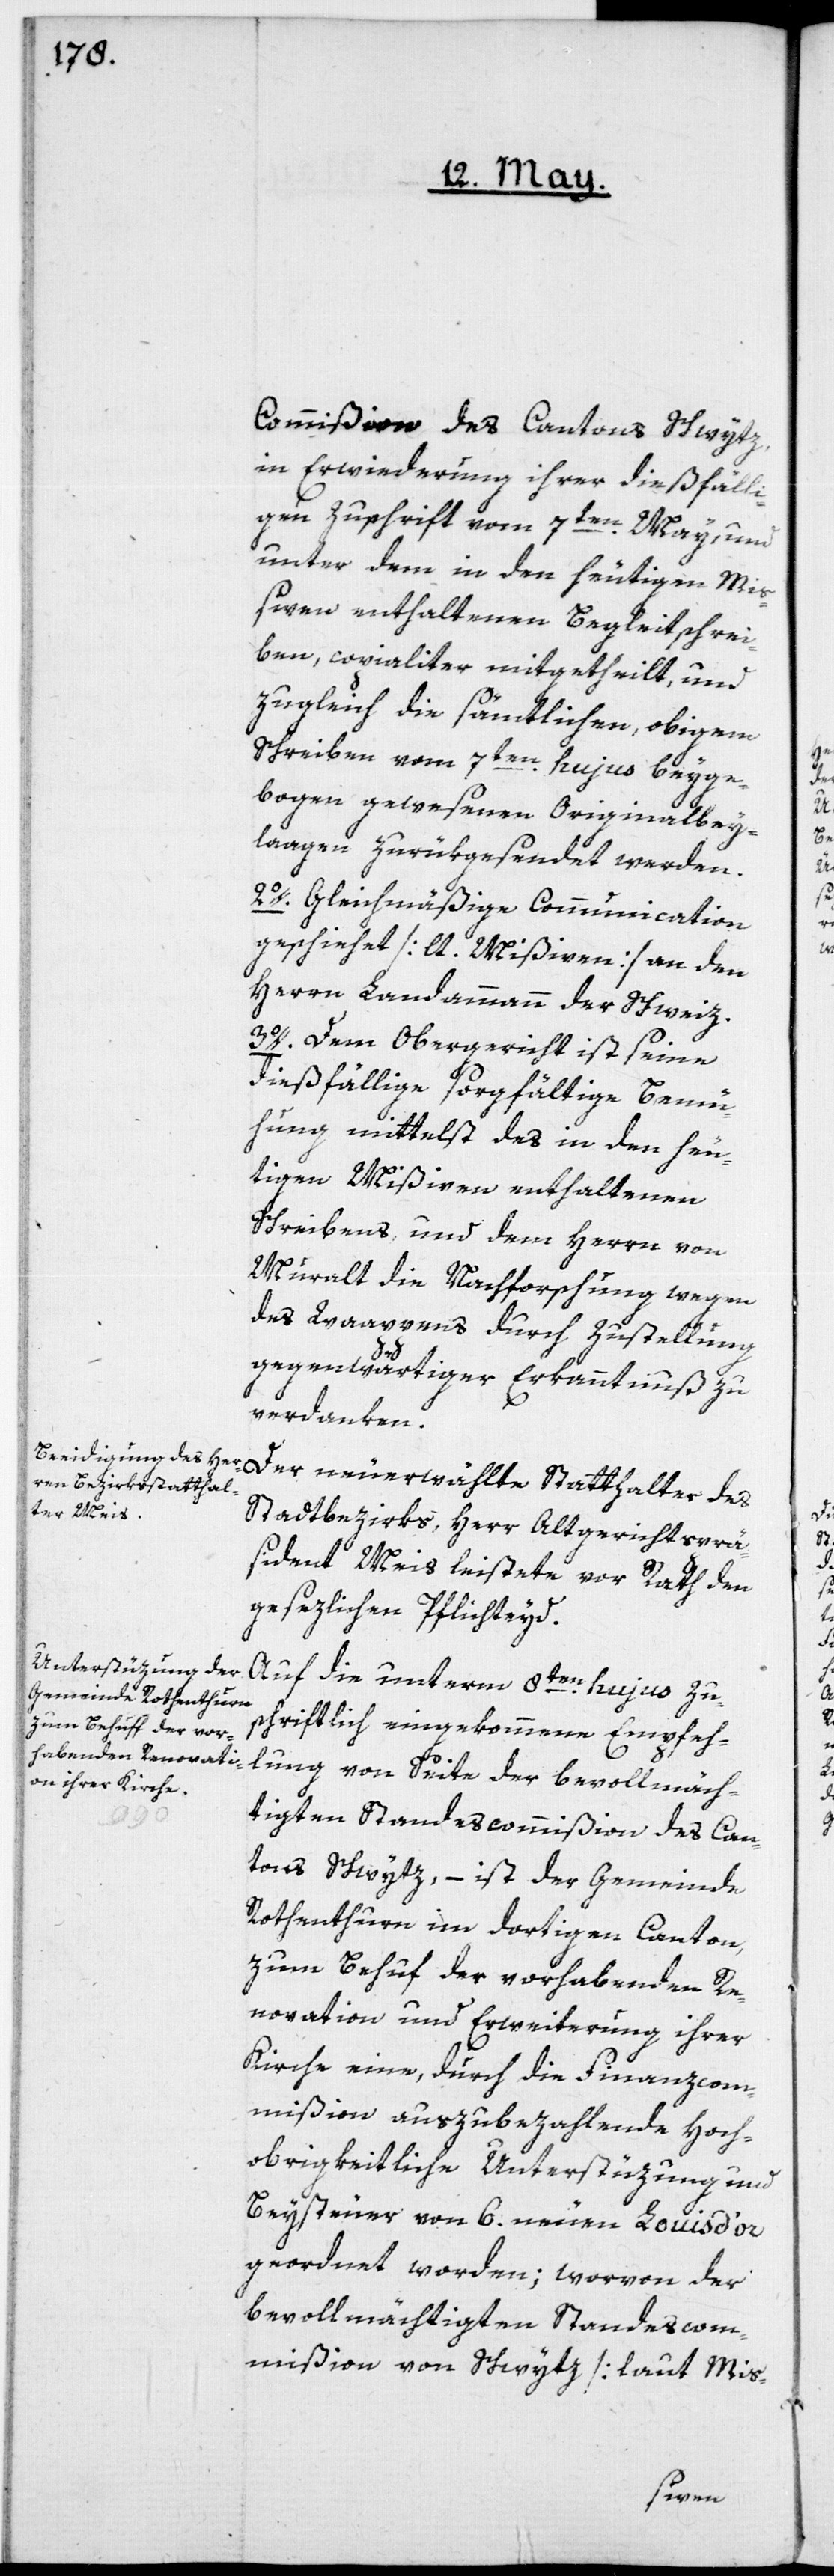
Commißion des Cantons Schwytz,
in Erwiederung ihrer dießfälli¬
gen Zuschrift vom 7ten May, und
unter dem in den heutigen Mi¬
ßiven enthaltenen Begleitschrei¬
ben, copialiter mitgetheilt, und
zugleich die sämtlichen, obigem
Schreiben vom 7ten hujus beyge¬
bogen gewesenen Originalbey¬
lagen zurükgesendet werden.
2o. Gleichmäßige Communication
geschiehet [lt. Mißiven] an den
Herrn Landammann der Schweiz.
3o. Dem Obergericht ist seine
dießfällige sorgfältige Bemü¬
hung mittelst des in den heu¬
tigen Mißiven enthaltenen
Schreibens, und dem Herrn von
Muralt die Nachforschung wegen
des Waappens [sic!] durch Zustellung
gegenwärtiger Erkanntnuß zu
verdanken.
Stadtbezirks, Herr Altgerichtsprä¬
sident Meis, leistete vor Rath den
gesezlichen Pflichteyd.
Auf die unterm 8ten hujus zu¬
schriftlich eingekommene Empfeh¬
lung von Seite der bevollmäch¬
Der neu
tigten Standescommißion des Can¬
tons Schwytz, – ist der Gemeinde
Rothenthurm im dortigen Canton,
zum Behuf der vorhabenden Re¬
novation und Erweiterung ihrer
Kirche eine, durch die Finanzcom¬
mißion auszubezahlende hoch¬
obrigkeitliche Unterstüzung und
Beysteuer von 6. neuen Louis d’or
geordnet worden; worvon der
bevollmächtigten Standescom¬
mißion von Schwytz [laut Mis-